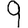
Digit: 9